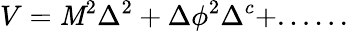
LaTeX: V=\mathit{M}^{2}\Delta^{2}+\Delta\phi^{2}\Delta^{c}+......